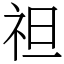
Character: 𥘵